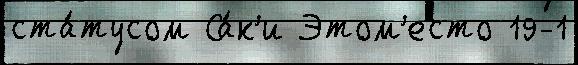
ста́тусом Са́к'и Этом'есто 19-1